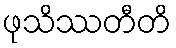
ဖုသိဿတီတိ